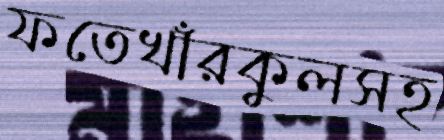
ফতেখাঁরকুলসহ